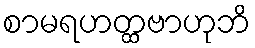
စာမရဟတ္ထဗာဟုဘိ